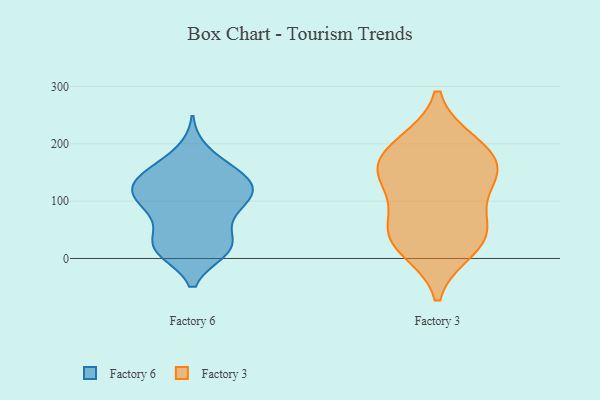
{"axis": {"x": "Shipments", "y": "Value"}, "legend": ["Factory 3", "Factory 6"], "data": [{"x": "", "y": 132, "type": "Factory 6"}, {"x": "", "y": 20, "type": "Factory 6"}, {"x": "", "y": 154, "type": "Factory 6"}, {"x": "", "y": 145, "type": "Factory 6"}, {"x": "", "y": 30, "type": "Factory 6"}, {"x": "", "y": 185, "type": "Factory 6"}, {"x": "", "y": 78, "type": "Factory 6"}, {"x": "", "y": 24, "type": "Factory 6"}, {"x": "", "y": 20, "type": "Factory 6"}, {"x": "", "y": 156, "type": "Factory 6"}, {"x": "", "y": 15, "type": "Factory 6"}, {"x": "", "y": 14, "type": "Factory 6"}, {"x": "", "y": 107, "type": "Factory 6"}, {"x": "", "y": 111, "type": "Factory 6"}, {"x": "", "y": 134, "type": "Factory 6"}, {"x": "", "y": 116, "type": "Factory 6"}, {"x": "", "y": 120, "type": "Factory 6"}, {"x": "", "y": 87, "type": "Factory 6"}, {"x": "", "y": 76, "type": "Factory 6"}, {"x": "", "y": 115, "type": "Factory 6"}, {"x": "", "y": 200, "type": "Factory 3"}, {"x": "", "y": 49, "type": "Factory 3"}, {"x": "", "y": 35, "type": "Factory 3"}, {"x": "", "y": 52, "type": "Factory 3"}, {"x": "", "y": 117, "type": "Factory 3"}, {"x": "", "y": 156, "type": "Factory 3"}, {"x": "", "y": 193, "type": "Factory 3"}, {"x": "", "y": 18, "type": "Factory 3"}, {"x": "", "y": 155, "type": "Factory 3"}, {"x": "", "y": 149, "type": "Factory 3"}]}